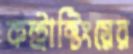
কন্ট্রাক্টিংয়ের